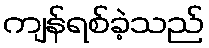
ကျန်ရစ်ခဲ့သည်